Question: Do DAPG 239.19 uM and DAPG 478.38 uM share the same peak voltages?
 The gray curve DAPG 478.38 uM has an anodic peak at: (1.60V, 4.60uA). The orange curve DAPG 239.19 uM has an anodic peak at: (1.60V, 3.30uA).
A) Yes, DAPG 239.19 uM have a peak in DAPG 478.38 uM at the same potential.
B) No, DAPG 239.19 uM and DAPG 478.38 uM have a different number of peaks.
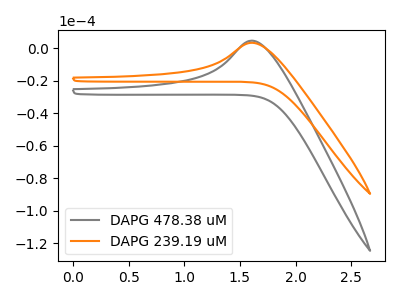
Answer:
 <answer>A) Yes, "DAPG 239.19 uM" have a peak in "DAPG 478.38 uM" at the same potential.</answer>
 <eval>A</eval>